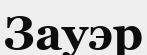
Зауэр